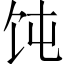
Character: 饨